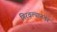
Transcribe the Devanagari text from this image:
गिरवल्यानंतर